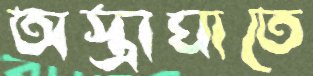
অস্ত্রাঘাতে